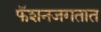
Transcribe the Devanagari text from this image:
फॅशनजगतात